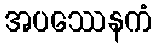
အပဿေနကံ